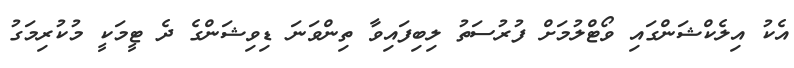
އެކު އިލެކްޝަންގައި ވޯޓްލުމަށް ފުރުސަތު ލިބިފައިވާ ތިންވަނަ ޑިވިޝަންގެ ދެ ޓީމަކީ މުކުރިމަގު